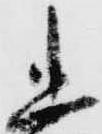
忠